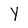
Character: Y